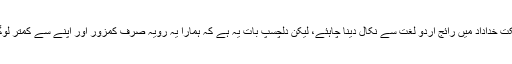
برداشت نامی لفظ مملکت خداداد میں رائج اردو لغت سے نکال دینا چاہئے، لیکن دلچسپ بات یہ ہے کہ ہمارا یہ رویہ صرف کمزور اور اپنے سے کمتر لوگوں کے لیے ہوتا ہے۔